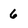
Character: 6